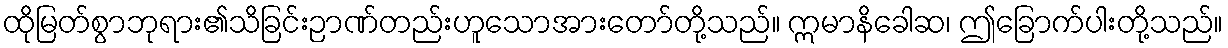
ထိုမြတ်စွာဘုရား၏သိခြင်းဉာဏ်တည်းဟူသောအားတော်တို့သည်။ ဣမာနိခေါဆ၊ ဤခြောက်ပါးတို့သည်။